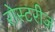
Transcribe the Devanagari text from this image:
रोस्टरीज़